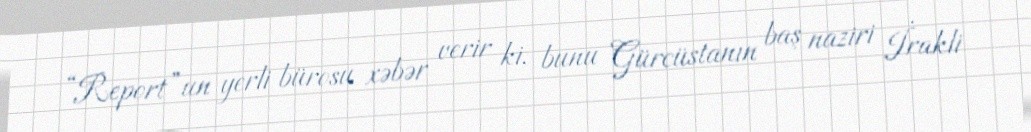
“Report”un yerli bürosu xəbər verir ki, bunu Gürcüstanın baş naziri İrakli